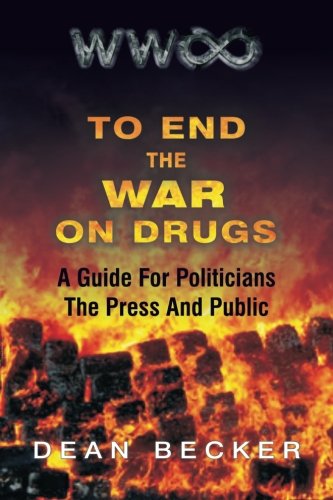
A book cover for To End The War On Drugs, A Guide For Politicians, the Press and Public; Mr Dean Becker; Law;